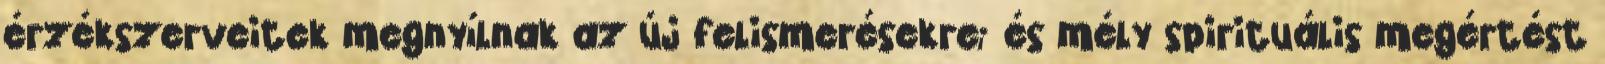
érzékszerveitek megnyílnak az új felismerésekre; és mély spirituális megértést